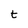
Character: t